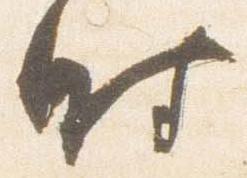
時